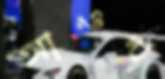
আওদা